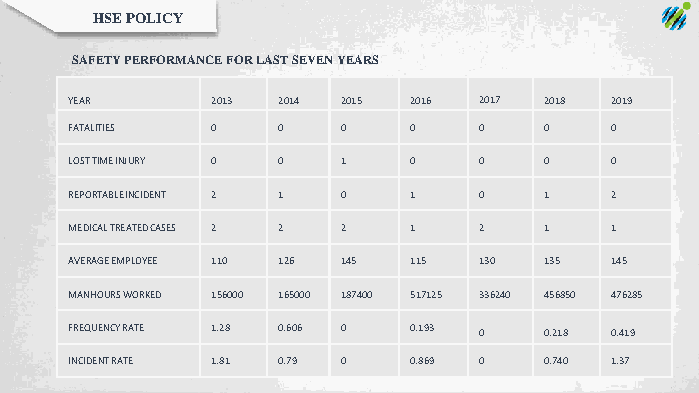
HSE POLICY
 SAFETY PERFORMANCE FOR LAST SEVEN YEARS
 YEAR     2013 2014 2015 2016 2017 2018 2019
 FATALITIES 0 0    0   0    0   0   0
 LOSTTIMEINJURY 0 0 1  0    0   0   0
 REPORTABLEINCIDENT 2 1 0 1 0   1   2
 MEDICALTREATEDCASES 2 2 2 1 2  1   1
 AVERAGEEMPLOYEE 110 126 145 115 130 135 145
 MANHOURSWORKED 156000 165000 187400 517125 336240 456850 476285
 FREQUENCYRATE 1.28 0.606 0 0.193 0 0.218 0.419
 INCIDENTRATE 1.81 0.79 0 0.869 0 0.740 1.37